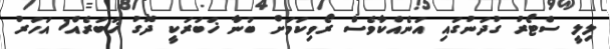
ލިލީ ސްޓޯރު ގުދަނުގައި އަނެއްކާވެސް ރޯވިކަމަށް ބުނާ ޚަބަރަކީ ދޮގު ޚަބަރެއް1 އަހަރު